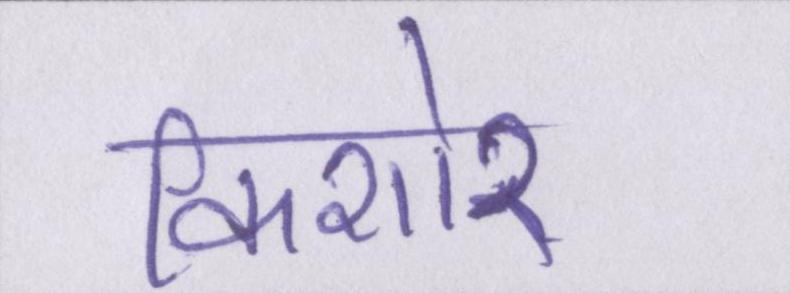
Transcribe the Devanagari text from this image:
किशोर